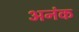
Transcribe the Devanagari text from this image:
अनंक